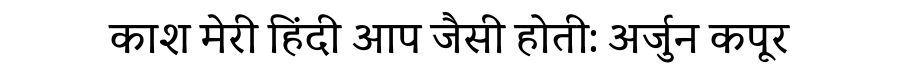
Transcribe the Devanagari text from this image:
काश मेरी हिंदी आप जैसी होती: अर्जुन कपूर